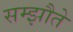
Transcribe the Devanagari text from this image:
सम्झौते